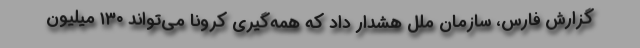
گزارش فارس، سازمان ملل هشدار داد که همه‌گیری کرونا می‌تواند ۱۳۰ میلیون